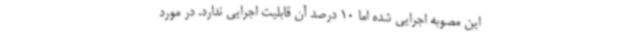
این مصوبه اجرایی شده اما 10 درصد آن قابلیت اجرایی ندارد. در مورد